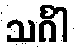
သင်္ဂါ